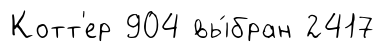
Котт'ер 904 вы́бран 2417